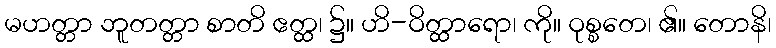
မဟတ္တာ ဘူတတ္တာ စာတိ ဧတ္ထ၊ ၌။ ဟိ-ဝိတ္ထာရော၊ ကို။ ဝုစ္စတေ၊ ၏။ တောနိ၊